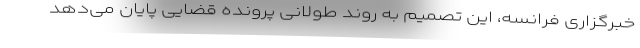
خبرگزاری فرانسه، این تصمیم به روند طولانی پرونده قضایی پایان می‌دهد